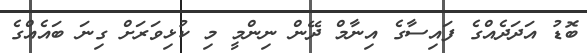
ބޮޑު އަދަދެއްގެ ފައިސާގެ އިނާމް ދޭން ނިންމީ މި ކުޅިވަރަށް ގިނަ ބައެއްގެ